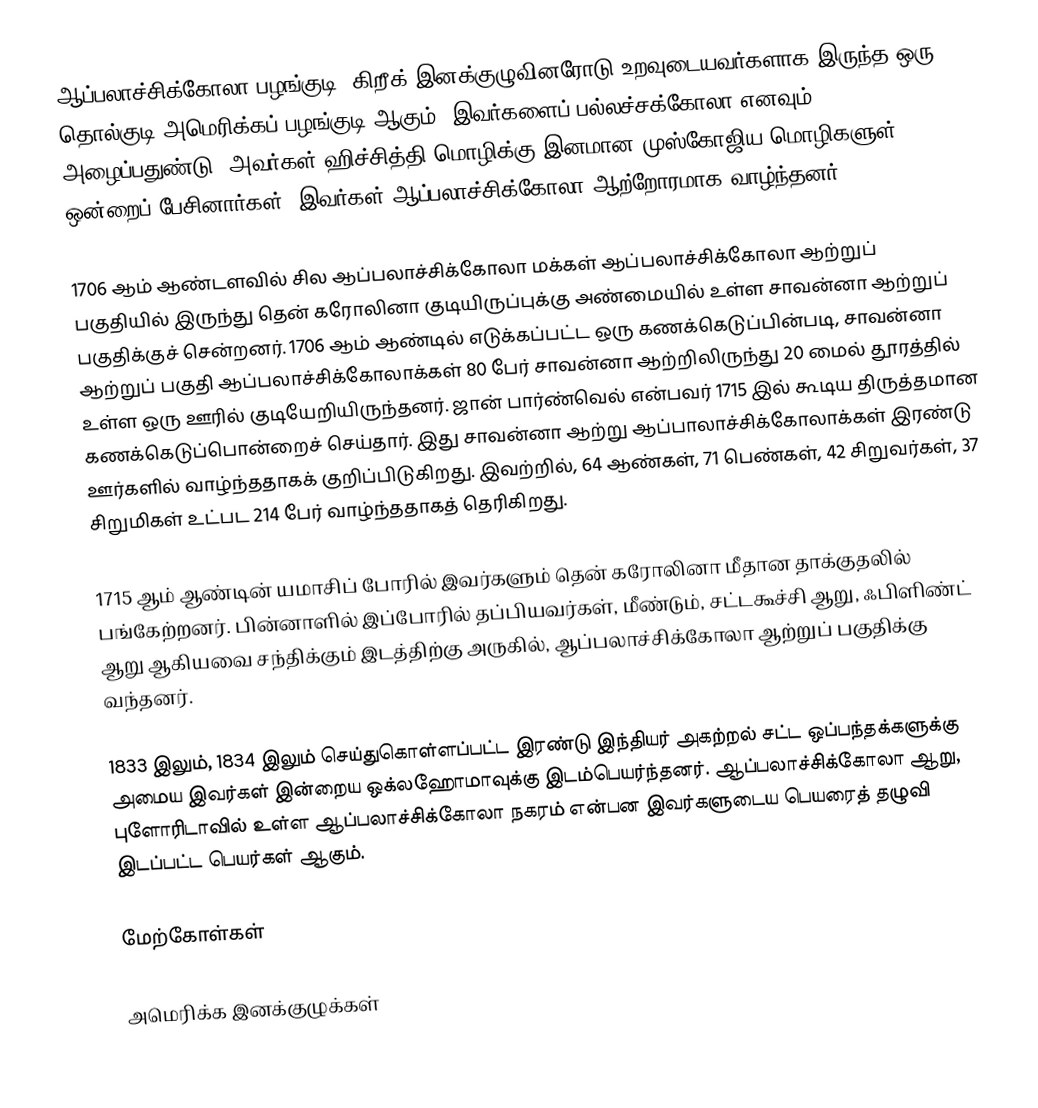
ஆப்பலாச்சிக்கோலா பழங்குடி, கிறீக் இனக்குழுவினரோடு உறவுடையவர்களாக இருந்த ஒரு தொல்குடி அமெரிக்கப் பழங்குடி ஆகும். இவர்களைப் பல்லச்சக்கோலா எனவும் அழைப்பதுண்டு. அவர்கள் ஹிச்சித்தி மொழிக்கு இனமான முஸ்கோஜிய மொழிகளுள் ஒன்றைப் பேசினார்கள். இவர்கள் ஆப்பலாச்சிக்கோலா ஆற்றோரமாக வாழ்ந்தனர்.

1706 ஆம் ஆண்டளவில் சில ஆப்பலாச்சிக்கோலா மக்கள் ஆப்பலாச்சிக்கோலா ஆற்றுப் பகுதியில் இருந்து தென் கரோலினா குடியிருப்புக்கு அண்மையில் உள்ள சாவன்னா ஆற்றுப் பகுதிக்குச் சென்றனர். 1706 ஆம் ஆண்டில் எடுக்கப்பட்ட ஒரு கணக்கெடுப்பின்படி, சாவன்னா ஆற்றுப் பகுதி ஆப்பலாச்சிக்கோலாக்கள் 80 பேர் சாவன்னா ஆற்றிலிருந்து 20 மைல் தூரத்தில் உள்ள ஒரு ஊரில் குடியேறியிருந்தனர். ஜான் பார்ண்வெல் என்பவர் 1715 இல் கூடிய திருத்தமான கணக்கெடுப்பொன்றைச் செய்தார். இது சாவன்னா ஆற்று ஆப்பாலாச்சிக்கோலாக்கள் இரண்டு ஊர்களில் வாழ்ந்ததாகக் குறிப்பிடுகிறது. இவற்றில், 64 ஆண்கள், 71 பெண்கள், 42 சிறுவர்கள், 37 சிறுமிகள் உட்பட 214 பேர் வாழ்ந்ததாகத் தெரிகிறது.

1715 ஆம் ஆண்டின் யமாசிப் போரில் இவர்களும் தென் கரோலினா மீதான தாக்குதலில் பங்கேற்றனர். பின்னாளில் இப்போரில் தப்பியவர்கள், மீண்டும், சட்டகூச்சி ஆறு, ஃபிளிண்ட் ஆறு ஆகியவை சந்திக்கும் இடத்திற்கு அருகில், ஆப்பலாச்சிக்கோலா ஆற்றுப் பகுதிக்கு வந்தனர்.

1833 இலும், 1834 இலும் செய்துகொள்ளப்பட்ட இரண்டு இந்தியர் அகற்றல் சட்ட ஒப்பந்தக்களுக்கு அமைய இவர்கள் இன்றைய ஒக்லஹோமாவுக்கு இடம்பெயர்ந்தனர். ஆப்பலாச்சிக்கோலா ஆறு, புளோரிடாவில் உள்ள ஆப்பலாச்சிக்கோலா நகரம் என்பன இவர்களுடைய பெயரைத் தழுவி இடப்பட்ட பெயர்கள் ஆகும்.

மேற்கோள்கள்

அமெரிக்க இனக்குழுக்கள்